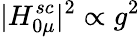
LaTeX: \vert H_{0\mu}^{sc}\vert^{2}\propto g^{2}